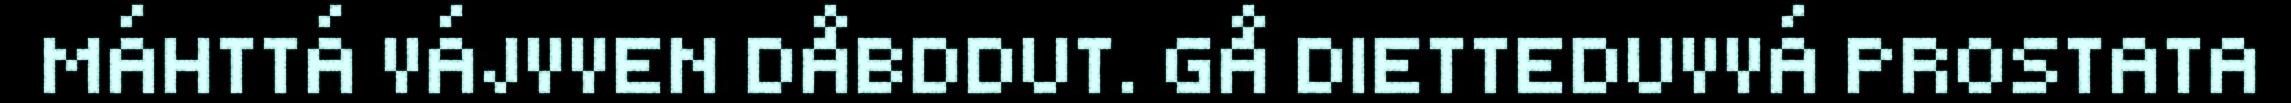
MÁHTTÁ VÁJVVEN DÅBDDUT. GÅ DIETTEDUVVÁ PROSTATA